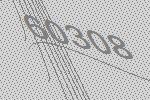
60308